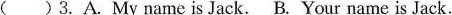
( )3.A.My name is Jack. B. Your name is Jack.